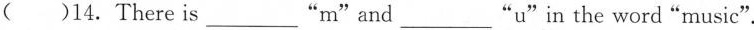
()14.There is ___”m"and___ "u"in the word"music".